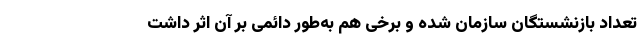
تعداد بازنشستگان سازمان شده و برخی هم به‌طور دائمی بر آن اثر داشت